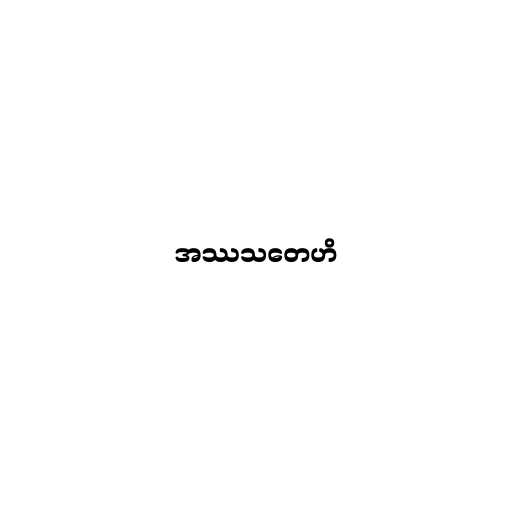
အဿသတေဟိ